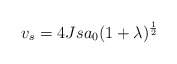
\begin{align*}v_s = 4 J s a_0 (1 + \lambda)^ {1\over 2}\end{align*}